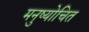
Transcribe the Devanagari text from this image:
मनुष्योचित